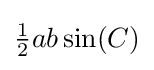
{\tfrac {1}{2}}ab\sin(C)